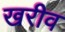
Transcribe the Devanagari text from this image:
खरीव